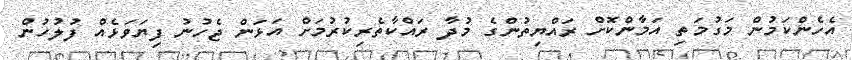
އެހެންކަމުން މަގުމަތި އަމާންކޮށް ރައްޔިތުންގެ މުދާ ރައްކާތެރިކުރުމަށް އަޅަން ޖެހުނު ފިޔަވަޅެއް ފުލުހުން